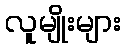
လူမျိုးများ